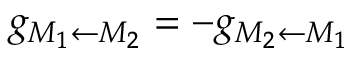
g _ { M _ { 1 } \leftarrow M _ { 2 } } = - g _ { M _ { 2 } \leftarrow M _ { 1 } }